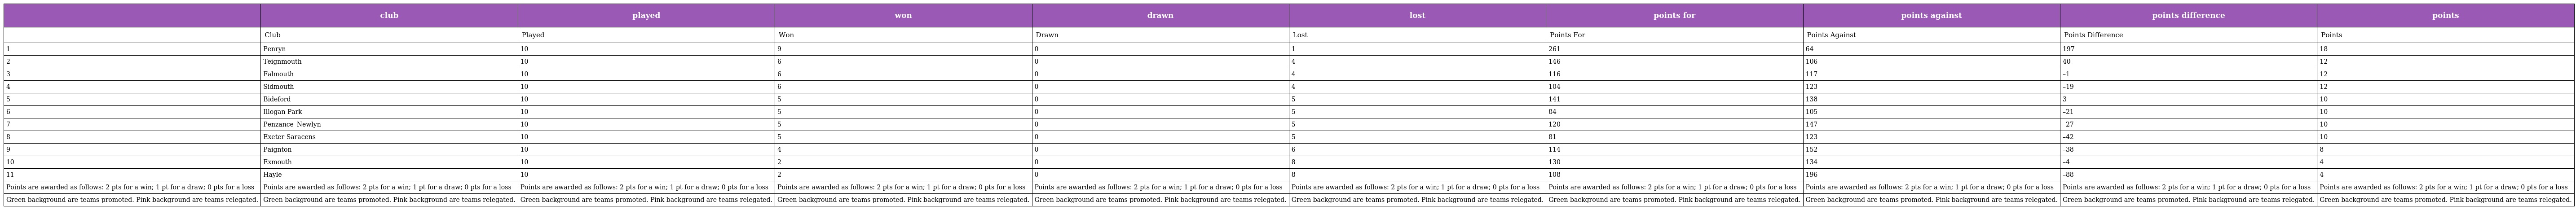
|  | club | played | won | drawn | lost | points for | points against | points difference | points |
 | --- | --- | --- | --- | --- | --- | --- | --- | --- | --- |
 |  | Club | Played | Won | Drawn | Lost | Points For | Points Against | Points Difference | Points |
 | 1 | Penryn | 10 | 9 | 0 | 1 | 261 | 64 | 197 | 18 |
 | 2 | Teignmouth | 10 | 6 | 0 | 4 | 146 | 106 | 40 | 12 |
 | 3 | Falmouth | 10 | 6 | 0 | 4 | 116 | 117 | –1 | 12 |
 | 4 | Sidmouth | 10 | 6 | 0 | 4 | 104 | 123 | –19 | 12 |
 | 5 | Bideford | 10 | 5 | 0 | 5 | 141 | 138 | 3 | 10 |
 | 6 | Illogan Park | 10 | 5 | 0 | 5 | 84 | 105 | –21 | 10 |
 | 7 | Penzance–Newlyn | 10 | 5 | 0 | 5 | 120 | 147 | –27 | 10 |
 | 8 | Exeter Saracens | 10 | 5 | 0 | 5 | 81 | 123 | –42 | 10 |
 | 9 | Paignton | 10 | 4 | 0 | 6 | 114 | 152 | –38 | 8 |
 | 10 | Exmouth | 10 | 2 | 0 | 8 | 130 | 134 | –4 | 4 |
 | 11 | Hayle | 10 | 2 | 0 | 8 | 108 | 196 | –88 | 4 |
 | Points are awarded as follows: 2 pts for a win; 1 pt for a draw; 0 pts for a loss | Points are awarded as follows: 2 pts for a win; 1 pt for a draw; 0 pts for a loss | Points are awarded as follows: 2 pts for a win; 1 pt for a draw; 0 pts for a loss | Points are awarded as follows: 2 pts for a win; 1 pt for a draw; 0 pts for a loss | Points are awarded as follows: 2 pts for a win; 1 pt for a draw; 0 pts for a loss | Points are awarded as follows: 2 pts for a win; 1 pt for a draw; 0 pts for a loss | Points are awarded as follows: 2 pts for a win; 1 pt for a draw; 0 pts for a loss | Points are awarded as follows: 2 pts for a win; 1 pt for a draw; 0 pts for a loss | Points are awarded as follows: 2 pts for a win; 1 pt for a draw; 0 pts for a loss | Points are awarded as follows: 2 pts for a win; 1 pt for a draw; 0 pts for a loss |
 | Green background are teams promoted. Pink background are teams relegated. | Green background are teams promoted. Pink background are teams relegated. | Green background are teams promoted. Pink background are teams relegated. | Green background are teams promoted. Pink background are teams relegated. | Green background are teams promoted. Pink background are teams relegated. | Green background are teams promoted. Pink background are teams relegated. | Green background are teams promoted. Pink background are teams relegated. | Green background are teams promoted. Pink background are teams relegated. | Green background are teams promoted. Pink background are teams relegated. | Green background are teams promoted. Pink background are teams relegated. |